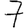
Digit: 7